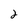
Character: 2